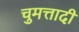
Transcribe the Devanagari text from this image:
चुमत्तादी